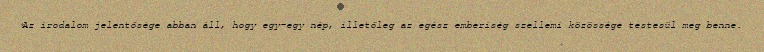
Az irodalom jelentősége abban áll, hogy egy-egy nép, illetőleg az egész emberiség szellemi közössége testesül meg benne.